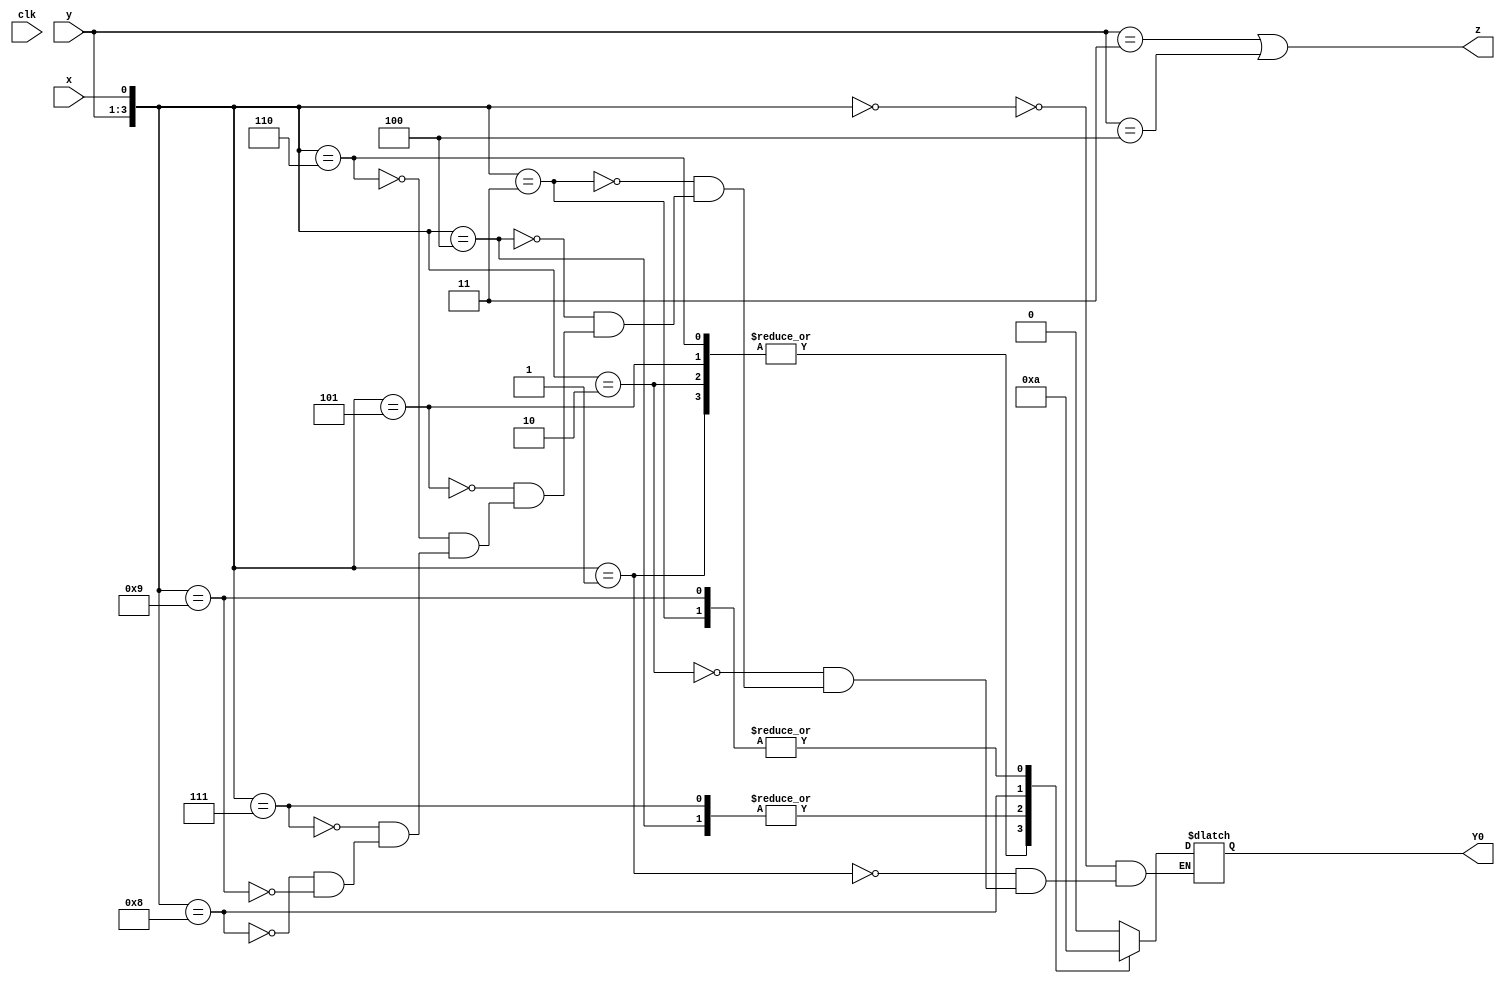
// This program was cloned from: https://github.com/Yvan-xy/verilog-doc
// License: GNU General Public License v2.0

module top_module (
    input clk,
    input [2:0] y,
    input x,
    output Y0,
    output z
);

    reg	[2:0]	Y;
    
    always@(*) begin
        case({y, x})
            4'b0000:	Y = 3'b000;
            4'b0001:	Y = 3'b001;
            4'b0010:	Y = 3'b001;
            4'b0011:	Y = 3'b100;
            4'b0100:	Y = 3'b010;
            4'b0101:	Y = 3'b001;
            4'b0110:	Y = 3'b001;
            4'b0111:	Y = 3'b010;
            4'b1000:	Y = 3'b011;
            4'b1001:	Y = 3'b100;
        endcase
    end
    
    assign	z = (y == 3'b011 || y == 3'b100);
    assign Y0 = Y[0];
    
endmodule